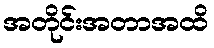
အတိုင်းအတာအထိ